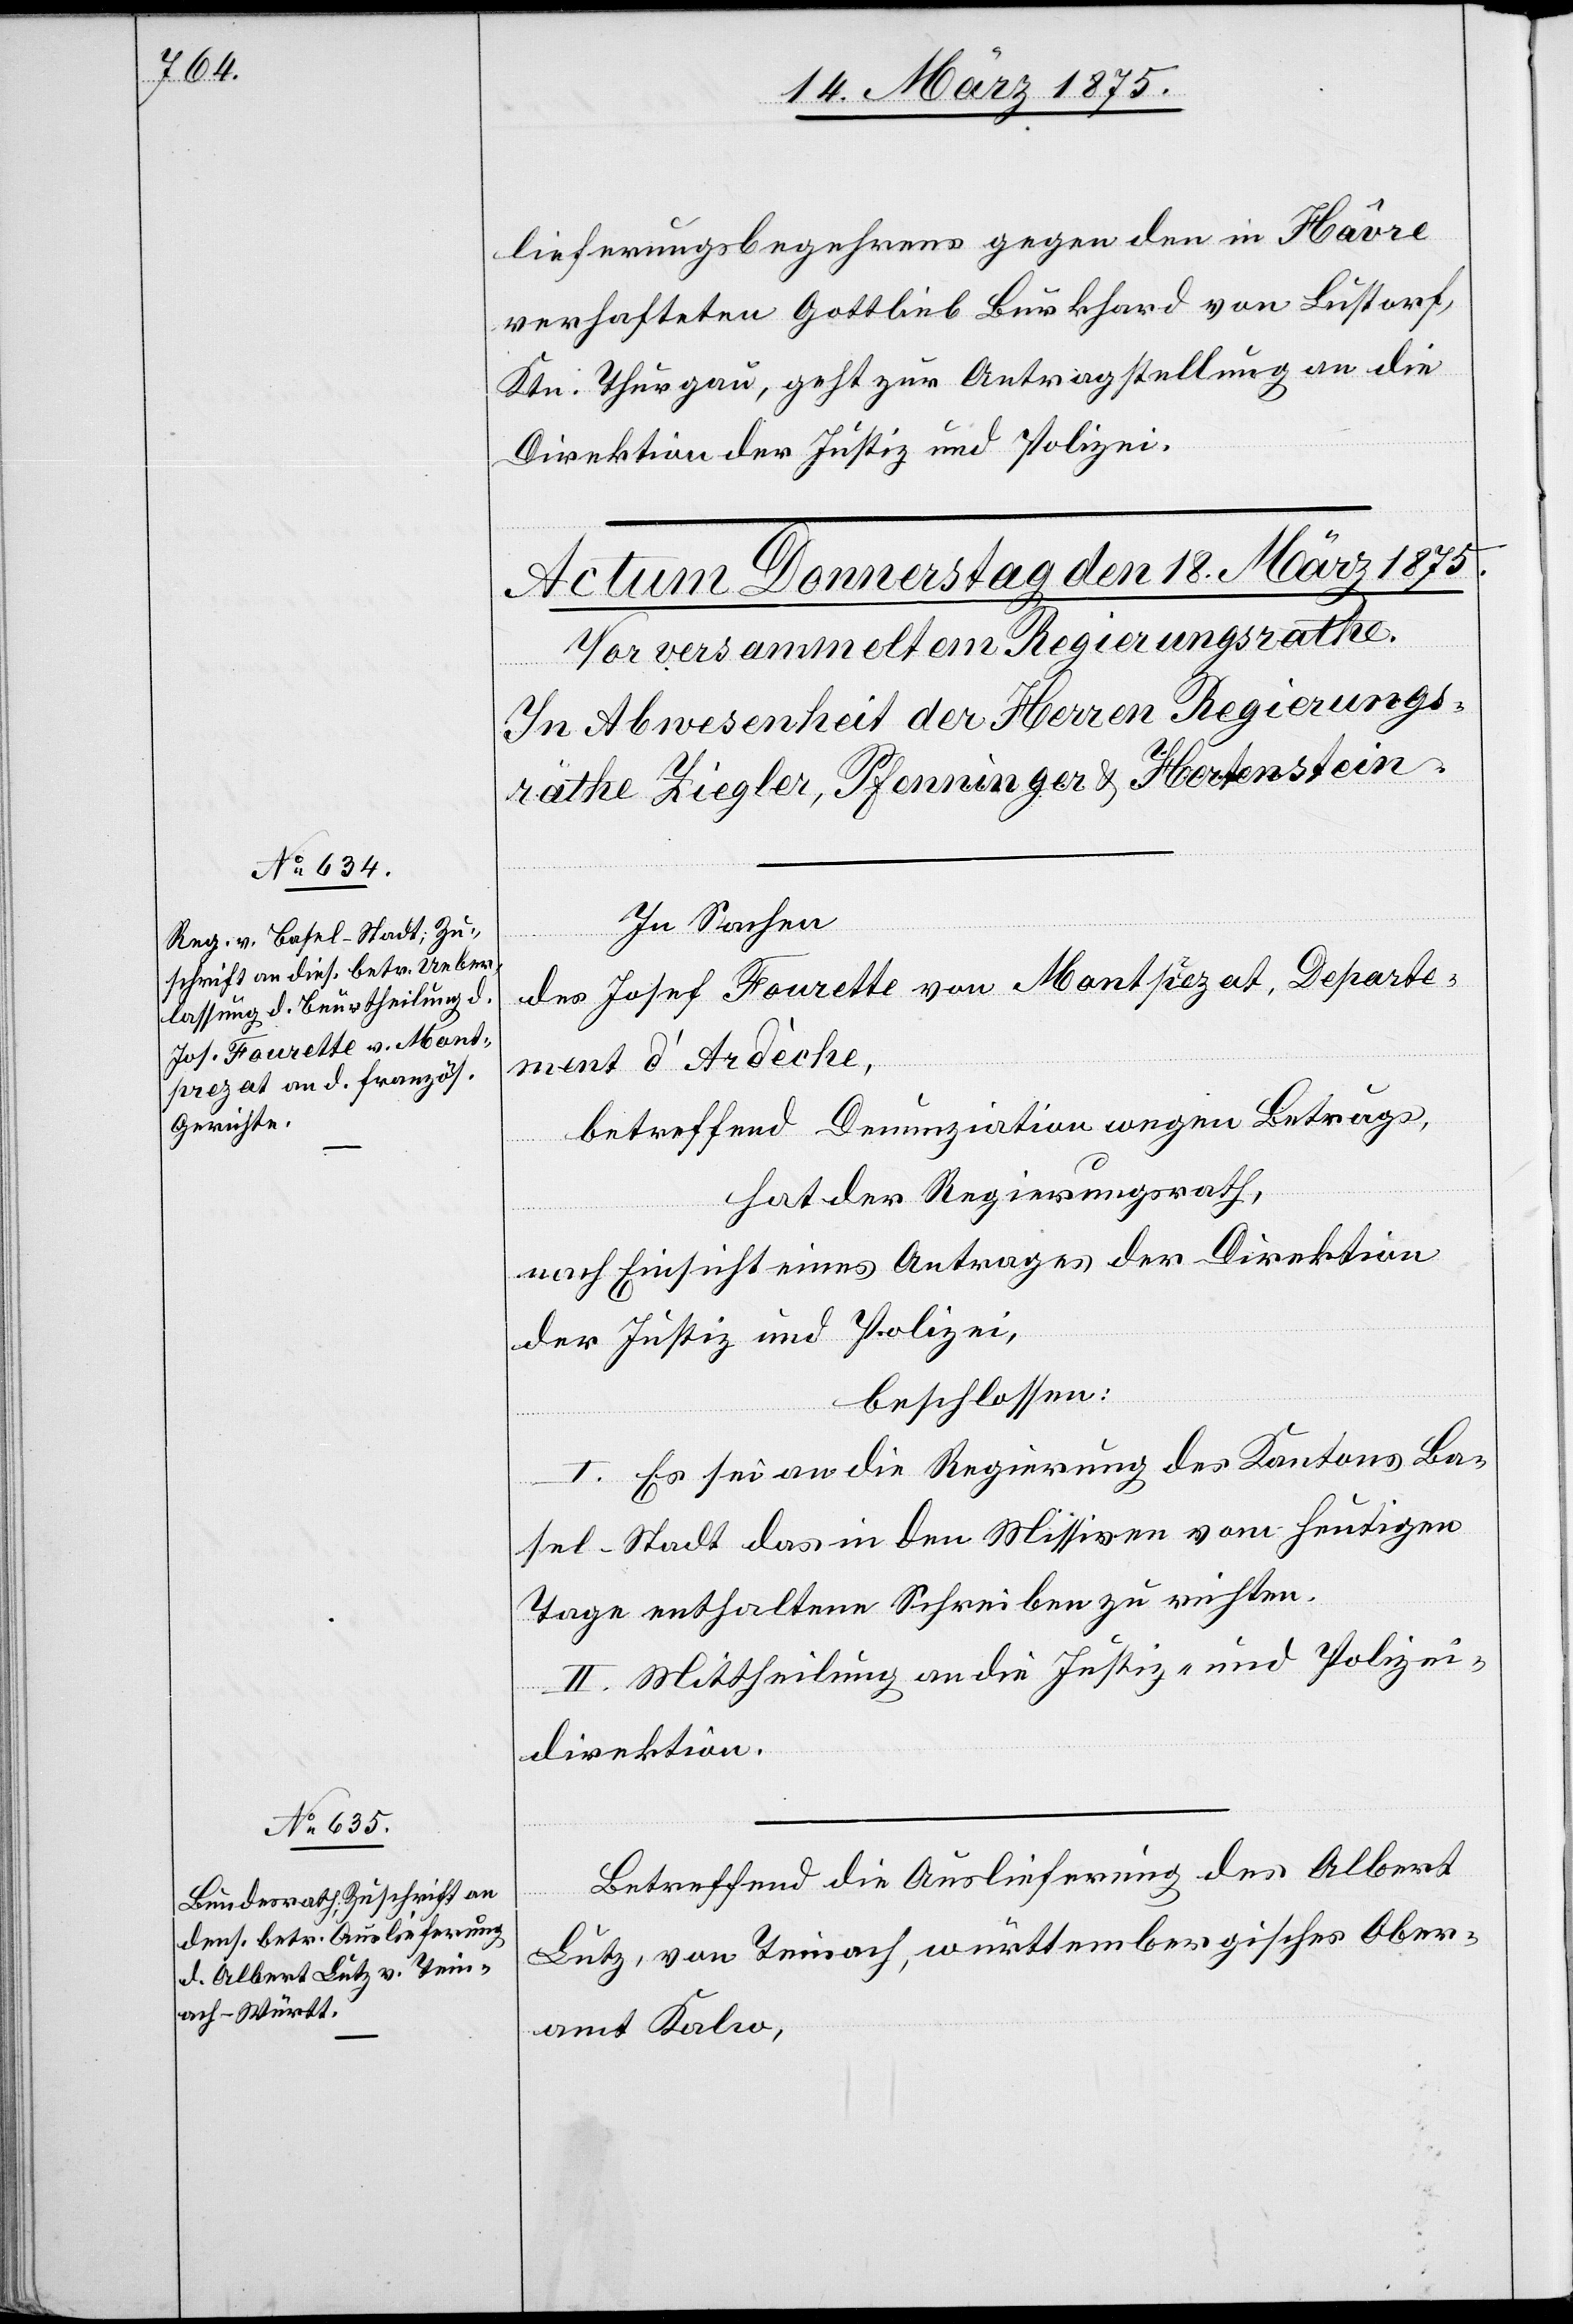
lieferungsbegehrens gegen den in Havre
verhafteten Gottlieb Burkhart [sic!] von Lustorf
Ktn. Thurgau, geht zur Antragstellung an die
Direktion der Justiz und Polizei.
In Sachen
des Josef Fourette von Montprezat Departe¬
ment d‘Ardèche,
betreffend Denunziation wegen Betrugs,
hat der Regierungsrath,
nach Einsicht eines Antrages der Direktion
der Justiz und Polizei,
beschlossen:
I. Es sei an die Regierung des Kantons Ba¬
sel-Stadt das in den Missiven vom heutigen
Tage enthaltene Schreiben zu richten.
II. Mittheilung an die Justiz- und Polizei¬
direktion.
Betreffend die Auslieferung des Albert
Lutz, von Teinach, württembergisches Ober¬
amt Kalw,